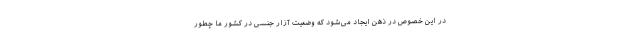
در این خصوص در ذهن ایجاد می‌شود که وضعیت آزار جنسی در کشور ما چطور